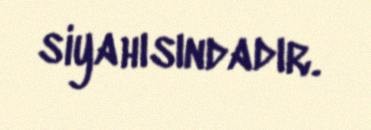
siyahısındadır.